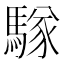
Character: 𮪑